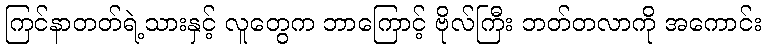
ကြင်နာတတ်ရဲ့သားနှင့် လူတွေက ဘာကြောင့် ဗိုလ်ကြီး ဘတ်တလာကို အကောင်း